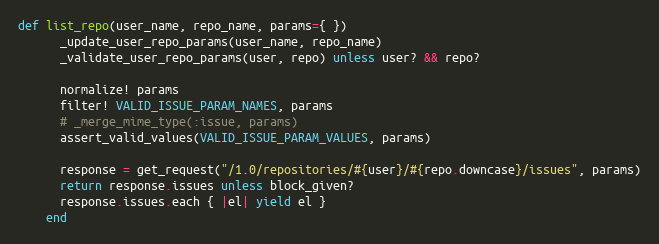
Language: Ruby
def list_repo(user_name, repo_name, params={ })
      _update_user_repo_params(user_name, repo_name)
      _validate_user_repo_params(user, repo) unless user? && repo?

      normalize! params
      filter! VALID_ISSUE_PARAM_NAMES, params
      # _merge_mime_type(:issue, params)
      assert_valid_values(VALID_ISSUE_PARAM_VALUES, params)

      response = get_request("/1.0/repositories/#{user}/#{repo.downcase}/issues", params)
      return response.issues unless block_given?
      response.issues.each { |el| yield el }
    end